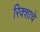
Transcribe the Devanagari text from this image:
रिक्शाचे